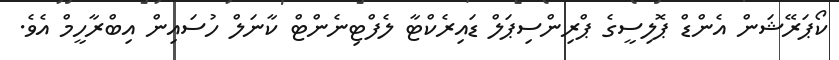
ކޯޕަރޭޝަން އެންޑް ޕޮލިސީގެ ޕްރިންސިޕަލް ޑައިރެކްޓާ ލެފްޓިނެންޓް ކާނަލް ހުސައިން އިބްރާހީމް އެވެ.